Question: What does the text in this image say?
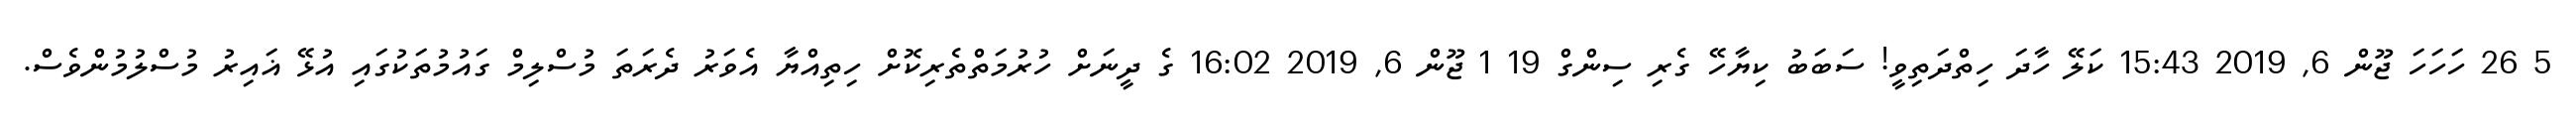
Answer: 5 26 ހަހަހަ ޖޫން 6, 2019 15:43 ކަލޭ ހާދަ ހިތްދަތިވީ! ސަބަބު ކިޔާހޭ ގެރި ސިންގް 19 1 ޖޫން 6, 2019 16:02 ގެ ދީނަށް ހުރުމަތްތެރިކޮށް ހިތިއްޔާ އެވަރު ދެރަތަ މުސްލިމް ގައުމުތަކުގައި އުޅޭ ޣައިރު މުސްލުމުންވެސް.